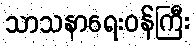
သာသနာရေးဝန်ကြီး